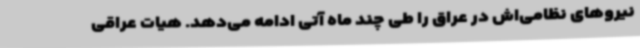
نیروهای نظامی‌اش در عراق را طی چند ماه آتی ادامه می‌دهد. هیات عراقی